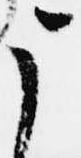
う